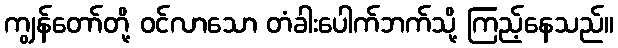
ကျွန်တော်တို့ ဝင်လာသော တံခါးပေါက်ဘက်သို့ ကြည့်နေသည်။